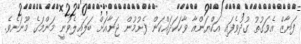
ފަޔާޒް އެވަގުތު ގުދުވެފައި އަކްޔަންއާ ވާހަކަދައްކަން ފެށުމުން ޖަނާއަށް ބަލައިލެވުނީ މަންމަގެ މޫނަށެވެ.